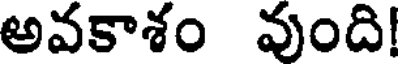
అవకాశం వుంది!